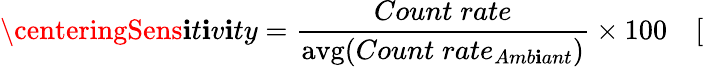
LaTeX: \centeringSens\mathbf{i}t\mathbf{i}v\mathbf{i}ty=\frac{{Count\; rate}}{{{\mathrm{{avg}}(Count\; rate_{Amb\mathbf{i}ant})}}}\times100\quad[